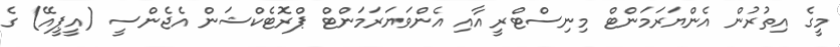
މީގެ އިތުރުން އެންޔަރަމަންޓް މިނިސްޓްރީ އާއި އެންވަޔަރަމަންޓް ޕްރޮޓެކްޝަން އެޖެންސީ (އީޕީއޭ) ގެ